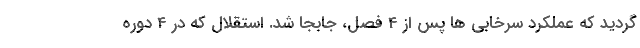
گردید که عملکرد سرخابی ها پس از 4 فصل، جابجا شد. استقلال که در 4 دوره